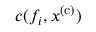
c ( f _ { i } , x ^ { \mathrm { ( c ) } } )